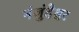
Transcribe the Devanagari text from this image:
नंजुंदेश्वर